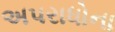
અપરાધોના